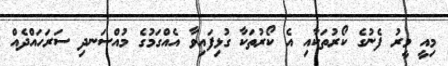
މިއީ މީރު ފެނުގެ ކޯރުތަކާއި އެ ކޯރުތަކާ ގުޅިފައިވާ އެއްގަމުގެ މުއްސަނދި ސަރަހައްދެއް